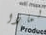
لماذا